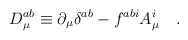
\begin{align*}D_\mu ^{ab}\equiv \partial _\mu \delta ^{ab}-f^{abi}A_\mu ^i\,\,\,\,\,\,.\end{align*}